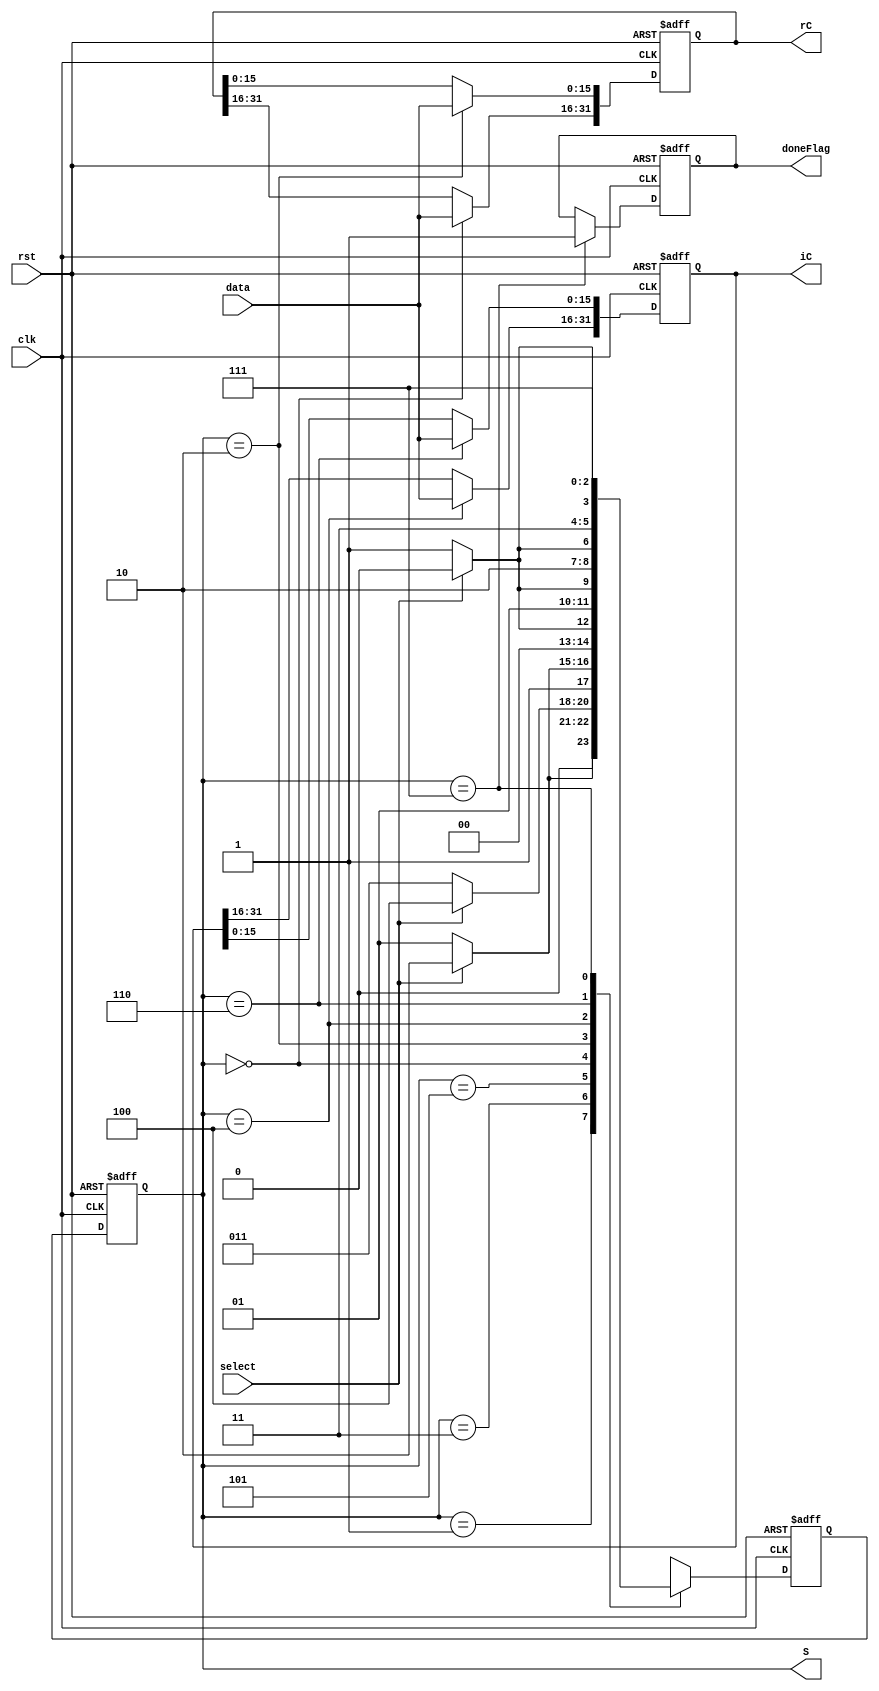
module menu (clk, rst, select, data, rC, iC, doneFlag,S);

input[15:0] data;
input clk, rst, select; 
output [31:0] rC, iC;
output doneFlag; 
output [2:0] S;
reg [31:0] rC, iC;
reg [2:0] NS, S;
reg doneFlag;

parameter 
		msbrC = 3'b000,
		Wait1 = 3'b001,
		lsbrC = 3'b010, 
		Wait2 = 3'b011, 
		msbiC = 3'b100, 
		Wait3 = 3'b101, 
		lsbiC = 3'b110, 
		done = 3'b111;

always @(posedge clk or negedge rst)
begin 

if (rst == 1'b0) 
	NS <= msbrC;
else

case(S)
			Wait1: begin
						if (select == 1'b0)
							NS <= Wait1;
						else
							NS <= lsbrC;
					end 
			Wait2: begin
						if (select == 1'b0)
							NS <= Wait2;
						else 
							NS <= msbiC;
					end		
			Wait3: begin 
						if (select == 1'b0)
							NS <= Wait3;
						else 
							NS <= lsbiC;
					end		
			msbrC: begin
						if (select == 1'b0)
							NS <= Wait1;
						else 
							NS <= msbrC;
					end
			lsbrC: begin
						if (select == 1'b0)
							NS <= Wait2;
						else 
							NS <= lsbrC;
					end
			msbiC: begin
						if (select == 1'b0)
							NS <= Wait3;
						else 
							NS <= msbiC;
					end
			lsbiC: begin
						if (select == 1'b0)
							NS <= done;
						else 
							NS <= lsbiC;
					end
			done: begin
						NS <= done;
					end
	endcase		
end

always @(posedge clk or negedge rst)
begin 
if (rst == 1'b0)
	begin
		rC <= 32'b0;
		iC <= 32'b0;
		doneFlag <= 1'b0;
	end
else 
	case(S)
			Wait1: begin 
					end 
			Wait2: begin 
					end		
			Wait3: begin 
					end		
			msbrC: begin
						rC [31:16] <= data;
					end
			lsbrC: begin
						rC [15:0] <= data;
					end
			msbiC: begin
						iC [31:16] <= data;
					end
			lsbiC: begin
						iC [15:0] <= data;
					end
			done: begin
						doneFlag <= 1'b1;
					end
	endcase		
end				
always @ (posedge clk or negedge rst)

begin 

	if (rst == 1'b0)
		S <= msbrC;
	else 
		S <= NS;
end 	

endmodule